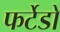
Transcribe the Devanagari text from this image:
फर्टेडो